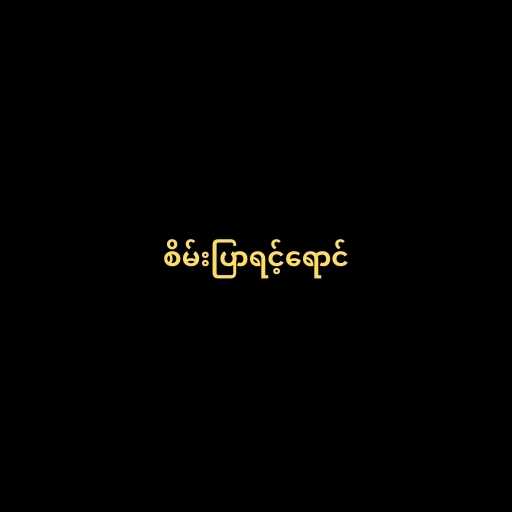
စိမ်းပြာရင့်ရောင်